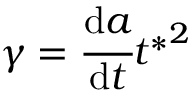
\gamma = \cfrac { \mathrm { d } a } { \mathrm { d } t } { t ^ { * } } ^ { 2 }